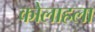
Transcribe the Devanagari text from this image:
कोलाहला